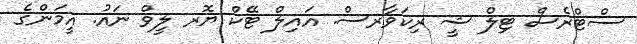
ސްޓްރެސް ޓިލް ޝީ ރިކަވާރސް. އައިލް ޓޭކް ޔޮރ ލީވް ނައު. އީމަންގެ